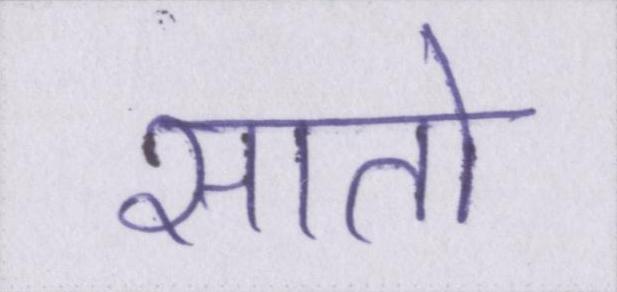
सातो